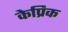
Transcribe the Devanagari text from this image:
केप्रिक